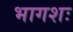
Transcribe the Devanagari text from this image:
भागशः